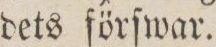
dets förſwar.